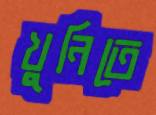
খুনিতে